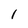
Character: I